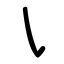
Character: ㇂